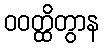
ဝဝတ္ထိတွာန